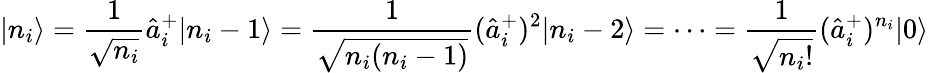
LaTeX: |n_{i}\rangle=\frac{1}{\sqrt{n_{i}}}\hat{a}_{i}^{+}|n_{i}-1\rangle=\frac{1}{\sqrt{n_{i}(n_{i}-1)}}(\hat{a}_{i}^{+})^{2}|n_{i}-2\rangle=\dots=\frac{1}{\sqrt{n_{i}!}}(\hat{a}_{i}^{+})^{n_{i}}|0\rangle